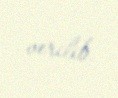
verilib.